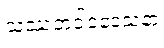
သဿတဝါဒဒေသနာ